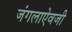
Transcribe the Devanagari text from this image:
जंगलाऐवजी